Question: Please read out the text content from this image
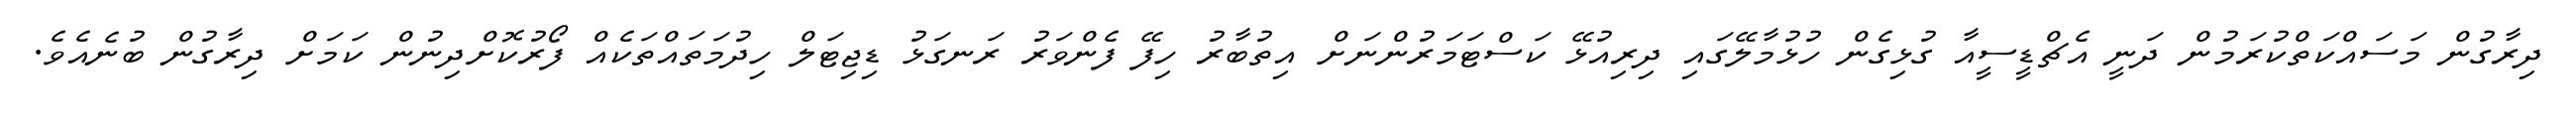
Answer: ދިރާގުން މަސައްކަތްކުރަމުން ދަނީ އެޗްޑީސީއާ ގުޅިގެން ހުޅުމާލޭގައި ދިރިއުޅޭ ކަސްޓަމަރުންނަށް އިތުބާރު ހިފޭ ފެންވަރު ރަނގަޅު ޑިޖިޓަލް ހިދުމަތައްތަކެއް ފޯރުކޮށްދިނުން ކަމަށް ދިރާގުން ބުނެއެވެ.